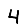
Digit: 4